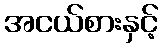
အငယ်စားနှင့်